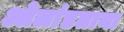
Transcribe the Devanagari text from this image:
ओलांडताना